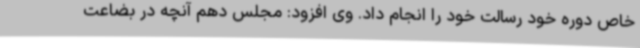
خاص دوره خود رسالت خود را انجام داد. وی افزود: مجلس دهم آنچه در بضاعت